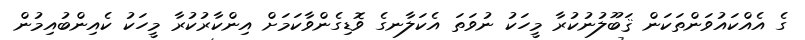
ގެ އެއްކައުވަންތަކަން ޤަބޫލުނުކުރާ މީހަކު ނުވަތަ އެކަލާނގެ ވޮޑިގެންވާކަމަށް އިންކާރުކުރާ މީހަކު ކެއިންބުއިމުން